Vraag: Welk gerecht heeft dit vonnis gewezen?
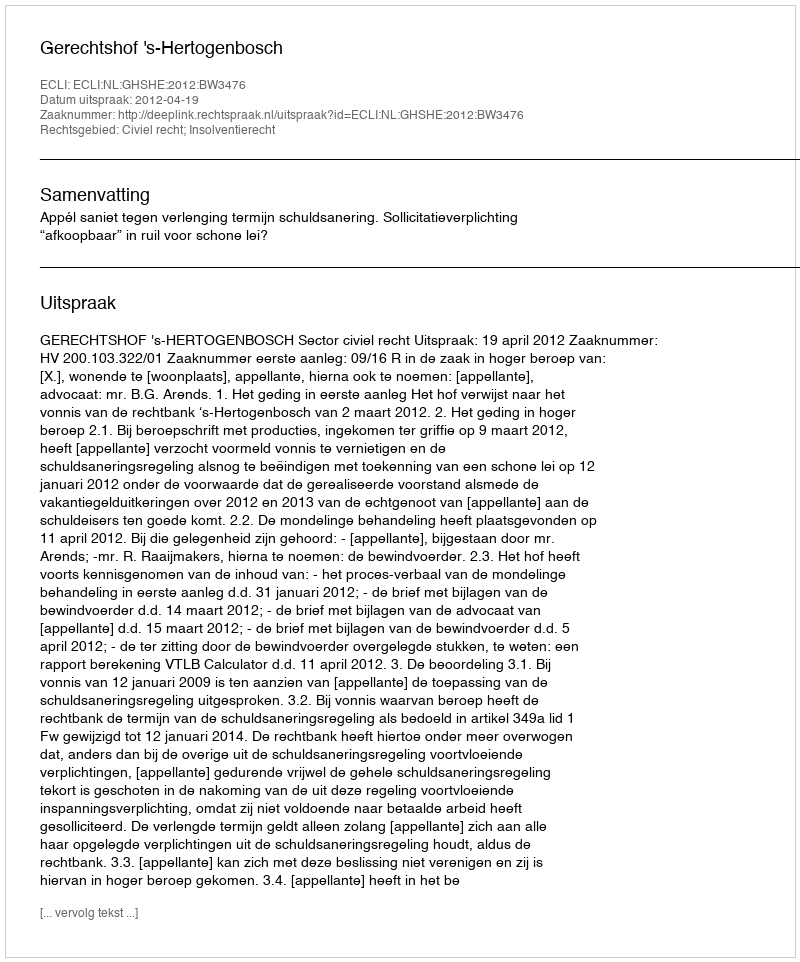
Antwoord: Gerechtshof 's-Hertogenbosch